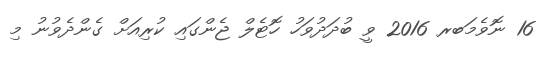
16 ނޮވެމަބރ 2016 ވީ ބުދަދުވަހު ހޮޓެލް ޖެންގައި ކުރިއަށް ގެންދެވުނު މި